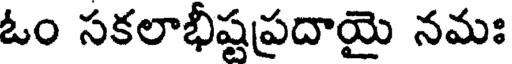
ఓం సకలాభీష్టప్రదాయై నమః